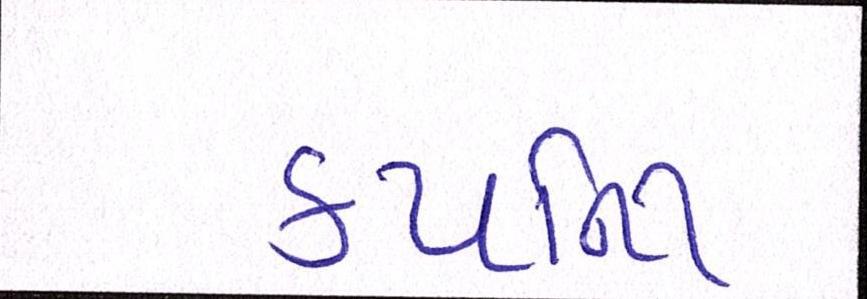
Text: કયર્નિી